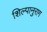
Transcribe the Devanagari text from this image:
शिल्पानुराग